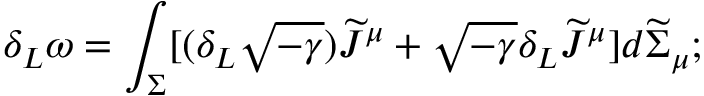
\delta _ { L } \omega = \int _ { \Sigma } [ ( \delta _ { L } \sqrt { - \gamma } ) \widetilde { \cal J } ^ { \mu } + \sqrt { - \gamma } \delta _ { L } \widetilde { \cal J } ^ { \mu } ] d \widetilde { \Sigma } _ { \mu } ;